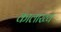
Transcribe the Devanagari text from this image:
कालाख्य